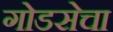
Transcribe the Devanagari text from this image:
गोडसेचा